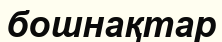
бошнақтар